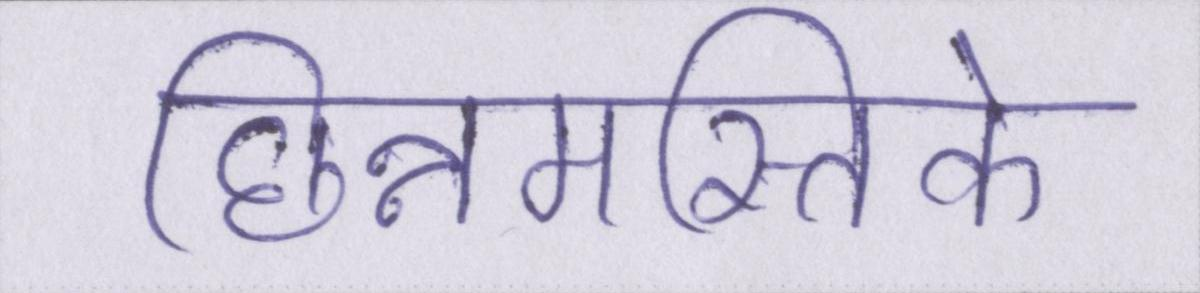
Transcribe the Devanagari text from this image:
छिन्नमस्तिके